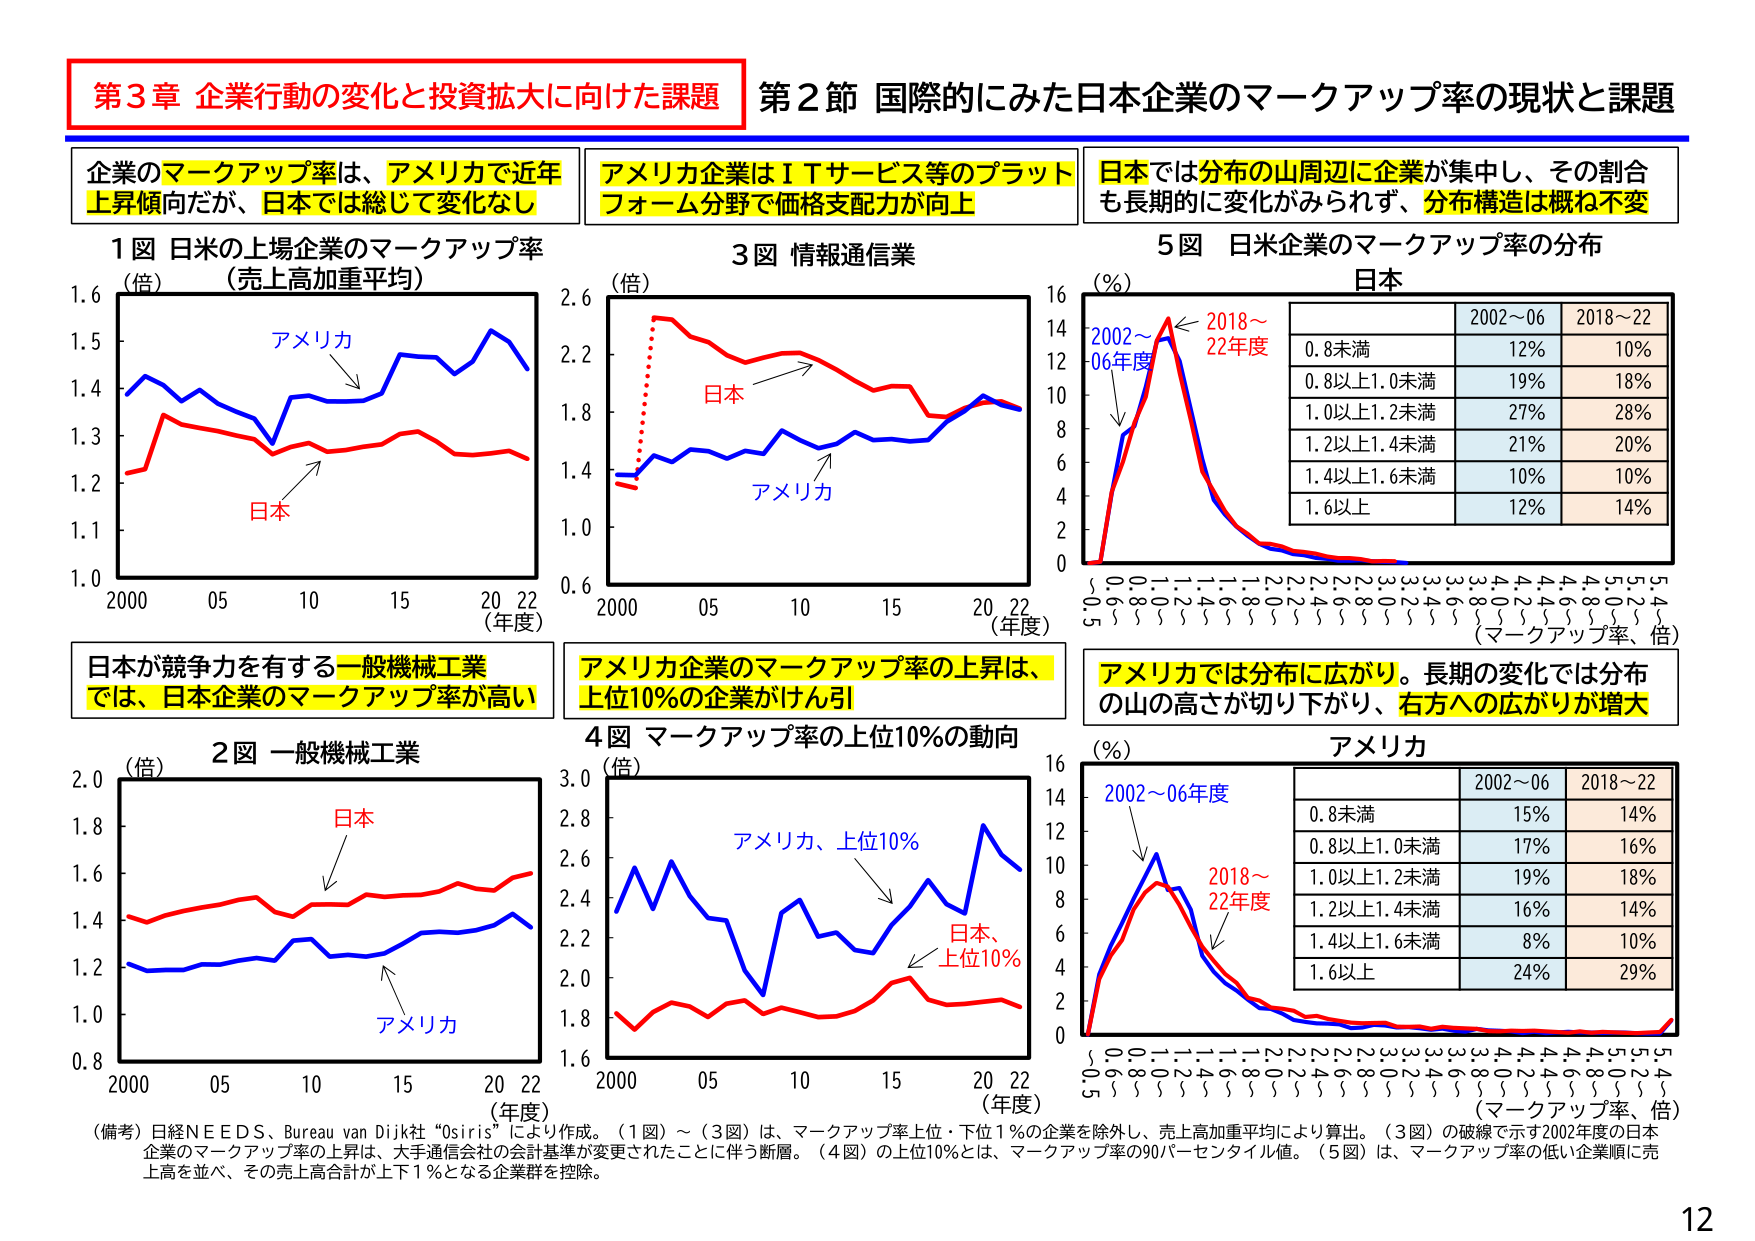
第3章 企業行動の変化と投資拡大に向けた課題
第2節 国際的にみた日本企業のマークアップ率の現状と課題

企業のマークアップ率は、アメリカで近年上昇傾向だが、日本では総じて変化なし
アメリカ企業はＩＴサービス等のプラットフォーム分野で価格支配力が向上
日本では分布の山周辺に企業が集中し、その割合も長期的に変化がみられず、分布構造は概ね不変

1図 日米の上場企業のマークアップ率（売上高加重平均）
（倍）
アメリカ
日本
2000 05 10 15 20 22（年度）
1.0 1.1 1.2 1.3 1.4 1.5 1.6

3図 情報通信業
（倍）
日本
アメリカ
2000 05 10 15 20 22（年度）
0.6 1.0 1.4 1.8 2.2 2.6

5図 日米企業のマークアップ率の分布
日本
（％）
2002～06年度
2018～22年度
0.8未満 12% 10%
0.8以上1.0未満 19% 18%
1.0以上1.2未満 27% 28%
1.2以上1.4未満 21% 20%
1.4以上1.6未満 10% 10%
1.6以上 12% 14%
（マークアップ率、倍）
0 2 4 6 8 10 12 14 16
0.8 0.9 1.0 1.1 1.2 1.3 1.4 1.5 1.6 1.7 1.8 1.9 2.0 2.1 2.2 2.3 2.4 2.5 2.6 2.7 2.8 2.9 3.0 3.1 3.2 3.3 3.4 3.5 3.6 3.7 3.8 3.9 4.0 4.1 4.2 4.3 4.4 4.5 4.6 4.7 4.8 4.9 5.0 5.1 5.2 5.3 5.4 5.5 5.6 5.7 5.8 5.9 6.0 6.1 6.2 6.3 6.4 6.5 6.6 6.7 6.8 6.9 7.0 7.1 7.2 7.3 7.4 7.5 7.6 7.7 7.8 7.9 8.0 8.1 8.2 8.3 8.4 8.5 8.6 8.7 8.8 8.9 9.0 9.1 9.2 9.3 9.4 9.5 9.6 9.7 9.8 9.9 10.0

日本が競争力を有する一般機械工業では、日本企業のマークアップ率が高い
アメリカ企業のマークアップ率の上昇は、上位10％の企業がけん引
アメリカでは分布に広がり。長期の変化では分布の山の高さが切り下がり、右方への広がりが増大

2図 一般機械工業
（倍）
日本
アメリカ
2000 05 10 15 20 22（年度）
0.8 1.0 1.2 1.4 1.6 1.8 2.0

4図 マークアップ率の上位10％の動向
（倍）
アメリカ、上位10％
日本、上位10％
2000 05 10 15 20 22（年度）
1.6 1.8 2.0 2.2 2.4 2.6 2.8 3.0

アメリカ
（％）
2002～06年度
2018～22年度
0.8未満 15% 14%
0.8以上1.0未満 17% 16%
1.0以上1.2未満 19% 18%
1.2以上1.4未満 16% 14%
1.4以上1.6未満 8% 10%
1.6以上 24% 29%
（マークアップ率、倍）
0 2 4 6 8 10 12 14 16
0.8 0.9 1.0 1.1 1.2 1.3 1.4 1.5 1.6 1.7 1.8 1.9 2.0 2.1 2.2 2.3 2.4 2.5 2.6 2.7 2.8 2.9 3.0 3.1 3.2 3.3 3.4 3.5 3.6 3.7 3.8 3.9 4.0 4.1 4.2 4.3 4.4 4.5 4.6 4.7 4.8 4.9 5.0 5.1 5.2 5.3 5.4 5.5 5.6 5.7 5.8 5.9 6.0 6.1 6.2 6.3 6.4 6.5 6.6 6.7 6.8 6.9 7.0 7.1 7.2 7.3 7.4 7.5 7.6 7.7 7.8 7.9 8.0 8.1 8.2 8.3 8.4 8.5 8.6 8.7 8.8 8.9 9.0 9.1 9.2 9.3 9.4 9.5 9.6 9.7 9.8 9.9 10.0

（備考）日経ＮＥＥＤＳ、Bureau van Dijk社 “Osiris” により作成。（1図）～（3図）は、マークアップ率上位・下位1％の企業を除外し、売上高加重平均により算出。（3図）の破線で示す2002年度の日本企業のマークアップ率の上昇は、大手通信会社の会計基準が変更されたことに伴う断層。（4図）の上位10％とは、マークアップ率の90パーセンタイル値。（5図）は、マークアップ率の低い企業順に売上高を並べ、その売上高合計が上下1％となる企業群を控除。

12